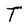
Character: T